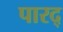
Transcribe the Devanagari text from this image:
पारद्